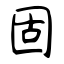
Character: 固